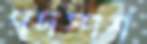
পদস্পর্শ